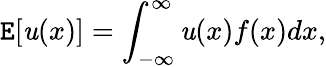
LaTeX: \mathtt{E}[\mathit{u}(x)]=\int_{-\infty}^{\infty}\mathit{u}(x)f(x)dx,